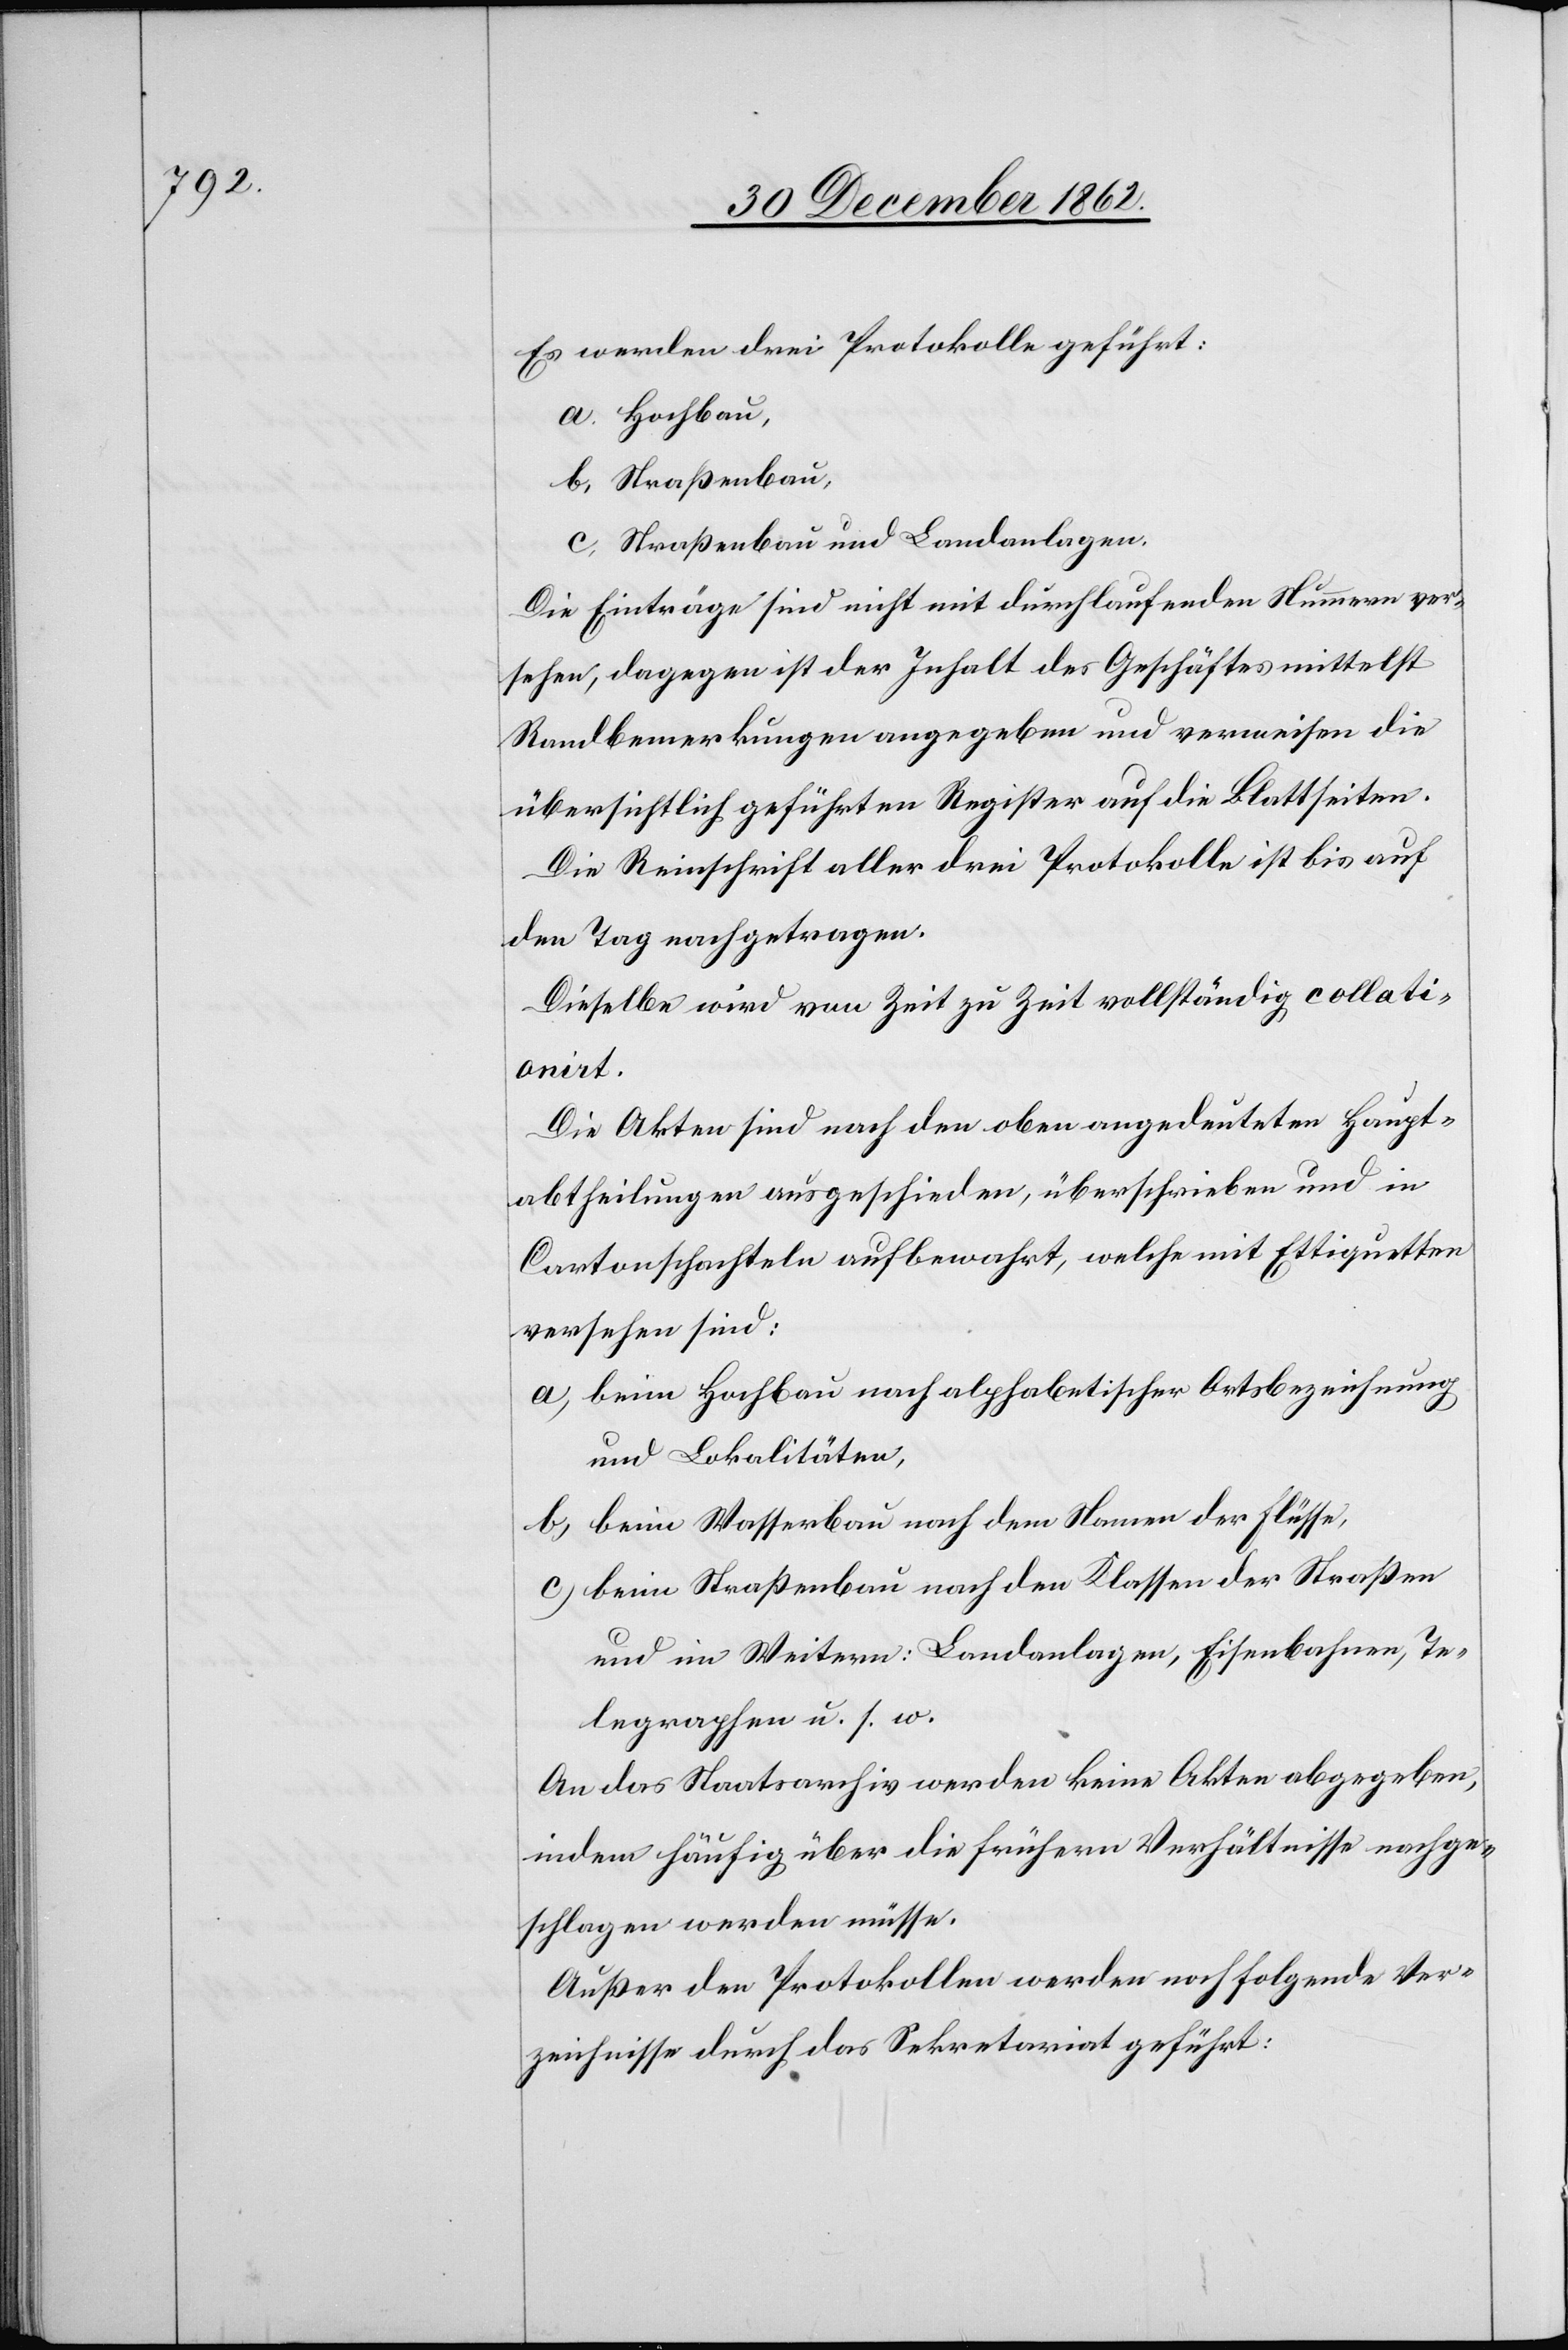
Es werden drei Protokolle geführt:
a. Hochbau,
b. Straßenbau,
c. Straßenbau und Landanlagen.
Die Einträge sind nicht mit durchlaufenden Nummern ver¬
sehen, dagegen ist der Inhalt des Geschäftes mittelst
Randbemerkungen angegeben und verweisen die
übersichtlich geführten Register auf die Blattseiten.
Die Reinschrift aller drei Protokolle ist bis auf
den Tag nachgetragen.
Dieselbe wird von Zeit zu Zeit vollständig collati¬
onirt.
Die Akten sind nach den oben angedeuteten Haupt¬
abtheilungen ausgeschieden, überschrieben und in
Cartonschachteln aufbewahrt, welche mit Ettiquetten
versehen sind:
a) beim Hochbau nach alphabetischer Ortsbezeichnung
und Lokalität,
b) beim Wasserbau nach dem Namen der Flüsse,
c) beim Straßenbau nach den Klassen der Straßen
und im Weitern: Landanlagen, Eisenbahnen, Te¬
legraphen u. s. w.
An das Staatsarchiv werden keine Akten abgegeben,
indem häufig über die frühern Verhältnisse nachge¬
schlagen werden müsse.
Außer den Protokollen werden noch folgende Ver¬
zeichnisse durch das Sekretariat geführt.